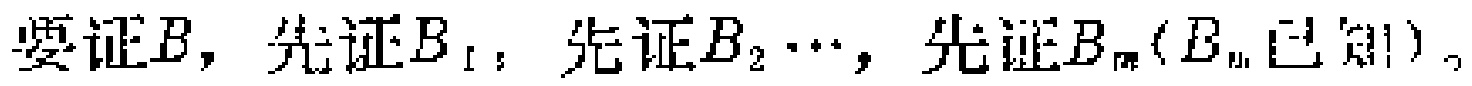
要证\(B\)，先证\(B_{1}\)，先证\(B_{2}\cdots\)，先证\(B_{m}(B_{m}\text{ 已知})\)。